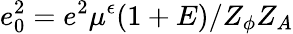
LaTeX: e_{0}^{2}=e^{2}\mu^{\epsilon}(1+E)/Z_{\phi}Z_{A}